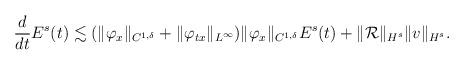
LaTeX: \begin{align*}\begin{aligned} \frac{d}{dt}E^{s}(t)&\lesssim (\|\varphi_x\|_{C^{1, \delta}}+\|\varphi_{tx}\|_{L^\infty})\|\varphi_x\|_{C^{1, \delta}} E^{s}(t) + \|\mathcal{R}\|_{H^s}\|v\|_{H^s}.\end{aligned}\end{align*}